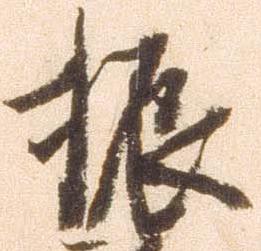
振